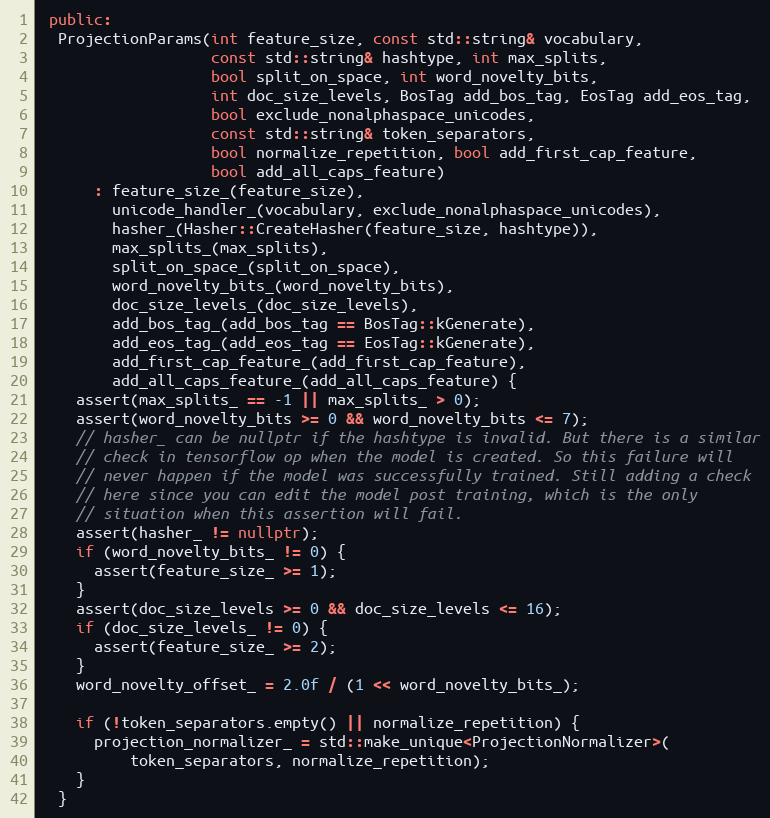
Language: C++
 public:
  ProjectionParams(int feature_size, const std::string& vocabulary,
                   const std::string& hashtype, int max_splits,
                   bool split_on_space, int word_novelty_bits,
                   int doc_size_levels, BosTag add_bos_tag, EosTag add_eos_tag,
                   bool exclude_nonalphaspace_unicodes,
                   const std::string& token_separators,
                   bool normalize_repetition, bool add_first_cap_feature,
                   bool add_all_caps_feature)
      : feature_size_(feature_size),
        unicode_handler_(vocabulary, exclude_nonalphaspace_unicodes),
        hasher_(Hasher::CreateHasher(feature_size, hashtype)),
        max_splits_(max_splits),
        split_on_space_(split_on_space),
        word_novelty_bits_(word_novelty_bits),
        doc_size_levels_(doc_size_levels),
        add_bos_tag_(add_bos_tag == BosTag::kGenerate),
        add_eos_tag_(add_eos_tag == EosTag::kGenerate),
        add_first_cap_feature_(add_first_cap_feature),
        add_all_caps_feature_(add_all_caps_feature) {
    assert(max_splits_ == -1 || max_splits_ > 0);
    assert(word_novelty_bits >= 0 && word_novelty_bits <= 7);
    // hasher_ can be nullptr if the hashtype is invalid. But there is a similar
    // check in tensorflow op when the model is created. So this failure will
    // never happen if the model was successfully trained. Still adding a check
    // here since you can edit the model post training, which is the only
    // situation when this assertion will fail.
    assert(hasher_ != nullptr);
    if (word_novelty_bits_ != 0) {
      assert(feature_size_ >= 1);
    }
    assert(doc_size_levels >= 0 && doc_size_levels <= 16);
    if (doc_size_levels_ != 0) {
      assert(feature_size_ >= 2);
    }
    word_novelty_offset_ = 2.0f / (1 << word_novelty_bits_);

    if (!token_separators.empty() || normalize_repetition) {
      projection_normalizer_ = std::make_unique<ProjectionNormalizer>(
          token_separators, normalize_repetition);
    }
  }